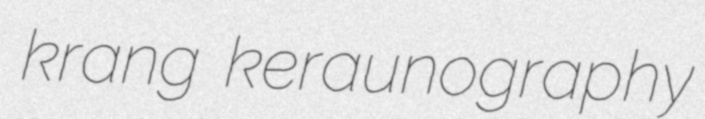
krang keraunography